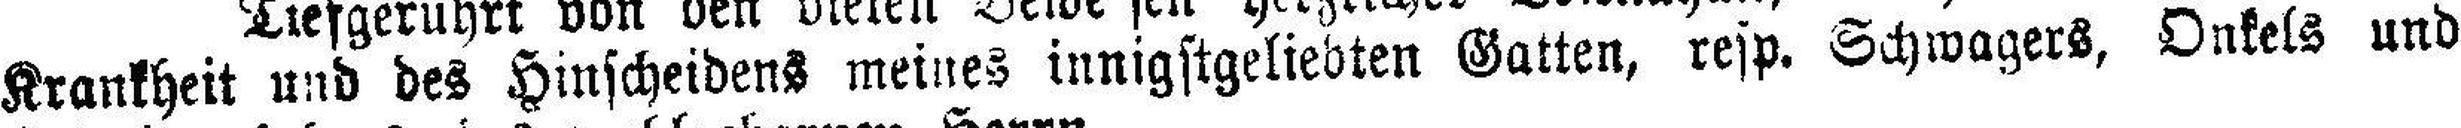
Krankheit und des Hinscheidens meines innigstgeliebten Gatten, resp. Schwagers, Onkels und